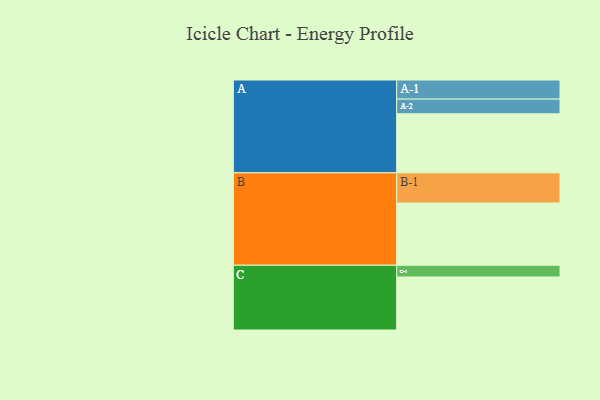
{"axis": {"x": "Segment", "y": "Value"}, "legend": ["", "A", "B", "C"], "data": [{"x": "A", "y": 559, "type": ""}, {"x": "B", "y": 590, "type": ""}, {"x": "C", "y": 502, "type": ""}, {"x": "A-1", "y": 181, "type": "A"}, {"x": "A-2", "y": 139, "type": "A"}, {"x": "B-1", "y": 285, "type": "B"}, {"x": "C-1", "y": 111, "type": "C"}]}